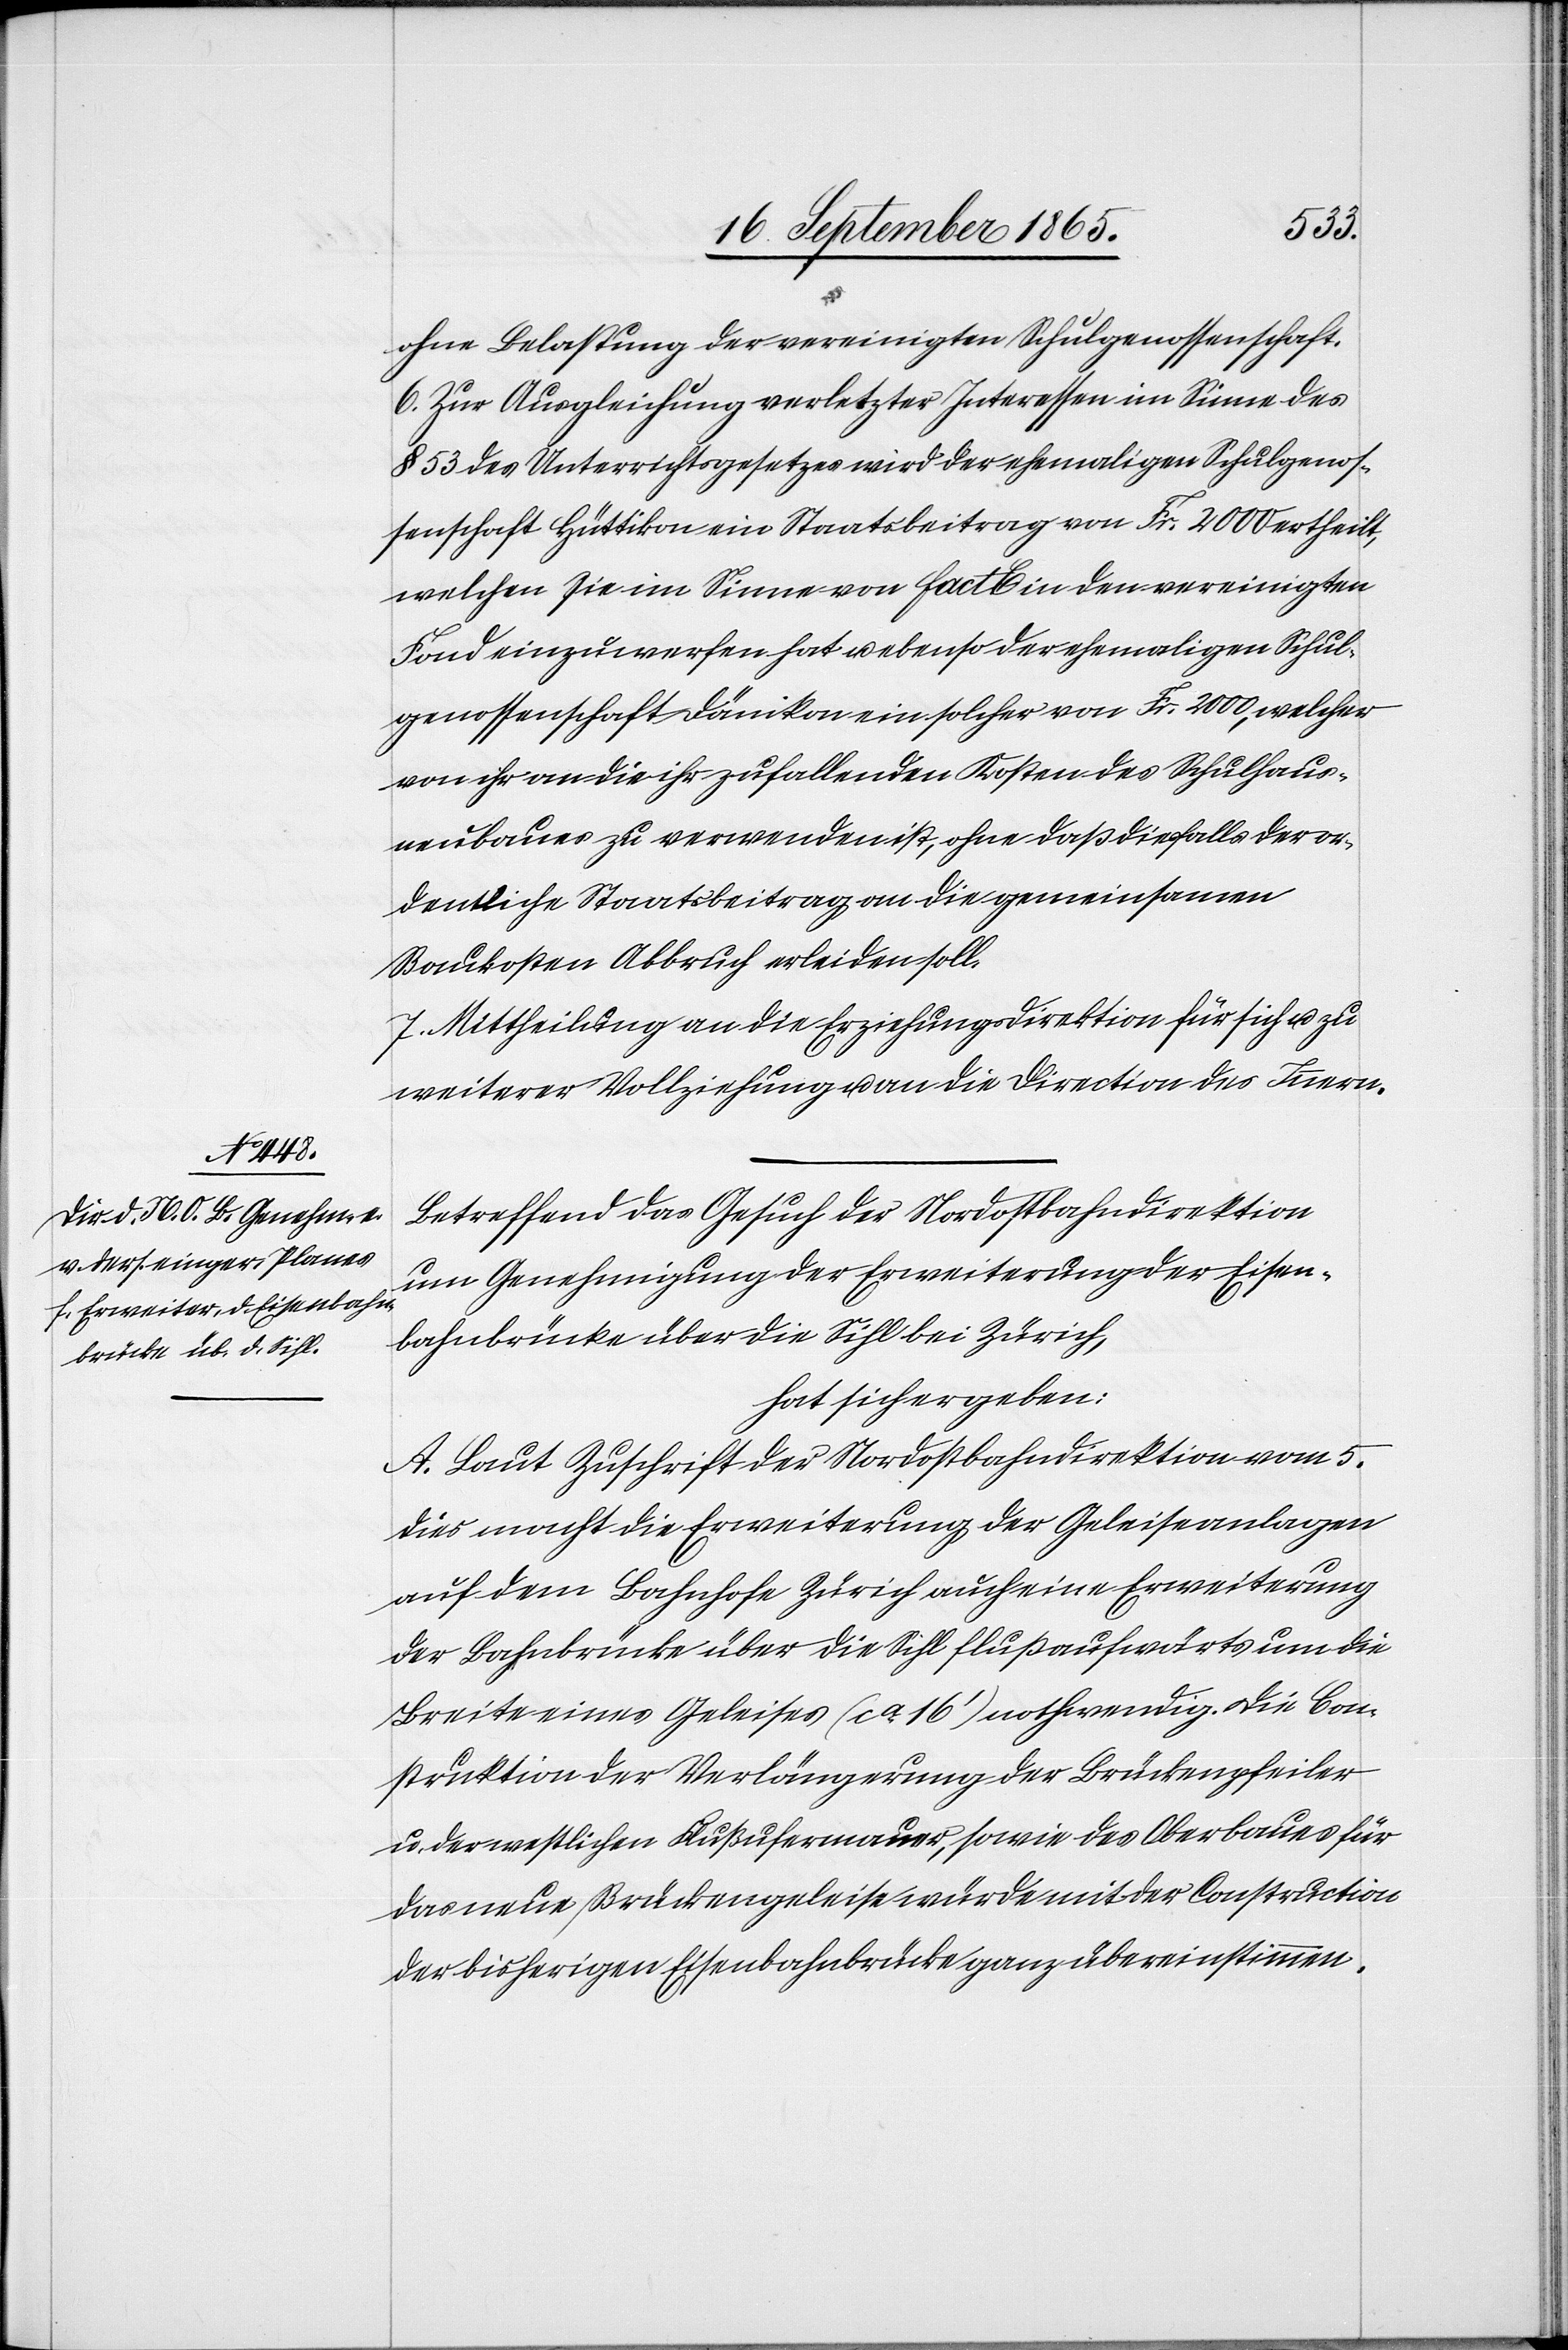
ohne Belastung der vereinigten Schulgenossenschaft.
6. Zur Ausgleichung verletzter Interessen im Sinne des
§ 53 des Unterrichtsgesetzes wird der ehemaligen Schulgenos¬
senschaft Hüttikon ein Staatsbeitrag von Fr. 2000 ertheilt,
welchen sie im Sinne von fact C in den vereinigten
Fond einzuwerfen hat u. ebenso der ehemaligen Schul¬
genossenschaft Dänikon ein solcher von Fr. 2000, welcher
von ihr an die ihr zufallenden Kosten des Schulhaus¬
neubaues zu verwenden ist, ohne daß diesfalls der or¬
dentliche Staatsbeitrag an die gemeinsamen
Baukosten Abbruch erleiden soll.
7. Mittheilung an die Erziehungsdirektion für sich u. zu
weiterer Vollziehung u. an die Direction des Innern.
Betreffend das Gesuch der Nordostbahndirektion
um Genehmigung der Erweiterung der Eisen¬
bahnbrücke über die Sihl bei Zürich,
hat sich ergeben:
A. Laut Zuschrift der Nordostbahndirektion vom 5.
dies macht die Erweiterung der Geleiseanlagen
auf dem Bahnhofe Zürich auch eine Erweiterung
der Bahnbrücke über die Sihl flußaufwärts um die
Breite eines Geleises (ca 16’) nothwendig. Die Con¬
struktion der Verlängerung der Brückenpfeiler
u. der westlichen Flußufermauer, sowie des Oberbaues für
das neue Brückengeleise würde mit der Construction
der bisherigen Eisenbahnbrücke ganz übereinstimmen.